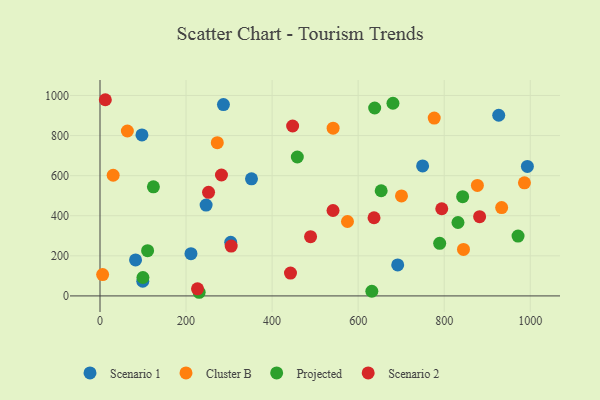
{"axis": {"x": "Study Hours", "y": "Fuel Efficiency"}, "legend": ["Cluster B", "Projected", "Scenario 1", "Scenario 2"], "data": [{"x": "352.1", "y": 584.4, "type": "Scenario 1"}, {"x": "97.5", "y": 803.3, "type": "Scenario 1"}, {"x": "286.9", "y": 954.8, "type": "Scenario 1"}, {"x": "749.8", "y": 648.6, "type": "Scenario 1"}, {"x": "82.6", "y": 179.7, "type": "Scenario 1"}, {"x": "926.7", "y": 901.3, "type": "Scenario 1"}, {"x": "99.4", "y": 73.2, "type": "Scenario 1"}, {"x": "303.8", "y": 267.5, "type": "Scenario 1"}, {"x": "211.4", "y": 210.6, "type": "Scenario 1"}, {"x": "246.6", "y": 453.0, "type": "Scenario 1"}, {"x": "691.9", "y": 154.8, "type": "Scenario 1"}, {"x": "993.3", "y": 645.8, "type": "Scenario 1"}, {"x": "776.8", "y": 887.2, "type": "Cluster B"}, {"x": "30.6", "y": 602.1, "type": "Cluster B"}, {"x": "63.6", "y": 822.8, "type": "Cluster B"}, {"x": "877.1", "y": 551.2, "type": "Cluster B"}, {"x": "575.2", "y": 371.4, "type": "Cluster B"}, {"x": "541.8", "y": 836.8, "type": "Cluster B"}, {"x": "844.8", "y": 231.9, "type": "Cluster B"}, {"x": "933.5", "y": 441.0, "type": "Cluster B"}, {"x": "272.6", "y": 764.6, "type": "Cluster B"}, {"x": "6.1", "y": 106.3, "type": "Cluster B"}, {"x": "986.5", "y": 564.1, "type": "Cluster B"}, {"x": "700.7", "y": 499.0, "type": "Cluster B"}, {"x": "110.6", "y": 225.9, "type": "Projected"}, {"x": "842.9", "y": 494.9, "type": "Projected"}, {"x": "230.5", "y": 18.2, "type": "Projected"}, {"x": "832.0", "y": 366.3, "type": "Projected"}, {"x": "631.8", "y": 23.4, "type": "Projected"}, {"x": "638.4", "y": 937.6, "type": "Projected"}, {"x": "99.8", "y": 92.0, "type": "Projected"}, {"x": "789.5", "y": 262.5, "type": "Projected"}, {"x": "971.6", "y": 298.6, "type": "Projected"}, {"x": "458.6", "y": 693.0, "type": "Projected"}, {"x": "124.1", "y": 544.1, "type": "Projected"}, {"x": "653.5", "y": 524.6, "type": "Projected"}, {"x": "680.9", "y": 961.2, "type": "Projected"}, {"x": "636.9", "y": 389.9, "type": "Scenario 2"}, {"x": "226.6", "y": 35.5, "type": "Scenario 2"}, {"x": "447.7", "y": 847.6, "type": "Scenario 2"}, {"x": "882.3", "y": 395.5, "type": "Scenario 2"}, {"x": "282.3", "y": 603.3, "type": "Scenario 2"}, {"x": "442.7", "y": 114.2, "type": "Scenario 2"}, {"x": "12.4", "y": 978.8, "type": "Scenario 2"}, {"x": "304.9", "y": 248.8, "type": "Scenario 2"}, {"x": "489.4", "y": 295.6, "type": "Scenario 2"}, {"x": "541.6", "y": 426.1, "type": "Scenario 2"}, {"x": "252.3", "y": 516.8, "type": "Scenario 2"}, {"x": "794.3", "y": 434.8, "type": "Scenario 2"}]}